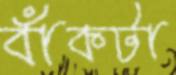
বাঁকটা